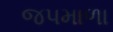
જપમાળા